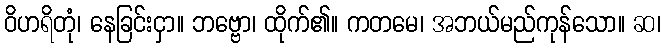
ဝိဟရိတုံ၊ နေခြင်းငှာ။ ဘဗ္ဗော၊ ထိုက်၏။ ကတမေ၊ အဘယ်မည်ကုန်သော။ ဆ၊